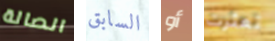
الصالة السابق أو تعثرت